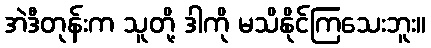
အဲဒီတုန်းက သူတို့ ဒါကို မသိနိုင်ကြသေးဘူး။